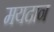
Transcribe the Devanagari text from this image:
मयदान